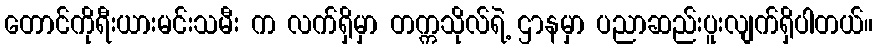
တောင်ကိုရီးယားမင်းသမီး က လက်ရှိမှာ တက္ကသိုလ်ရဲ့ ဌာနမှာ ပညာဆည်းပူးလျက်ရှိပါတယ်။